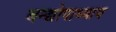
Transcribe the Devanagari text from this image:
वन्द्योपाध्याय